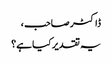
ڈاکٹر صاحب ،
یہ تقدیر کیا ہے؟